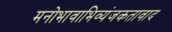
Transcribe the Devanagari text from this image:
मनोभावाभिव्यंजकतावाद